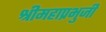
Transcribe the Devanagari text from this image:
श्रीमहाप्रभुजी